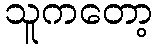
သူကတော့